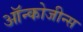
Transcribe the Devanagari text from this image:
ऑन्कोजीन्स